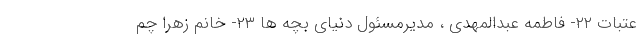
عتبات ۲۲- فاطمه عبدالمهدی ، مدیرمسئول دنیای بچه ها ۲۳- خانم زهرا چم